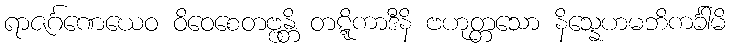
ရာဇင်္ဂဏေယေဝ ဝိဝေစေတဗ္ဗန္တိ တဋ္ဋိကာဒီနိ ဗဟုတ္တသော နိသ္နေဟမဘိကင်္ခါမိ